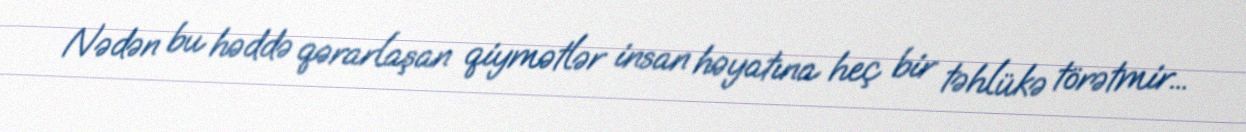
Nədən bu həddə qərarlaşan qiymətlər insan həyatına heç bir təhlükə törətmir...